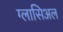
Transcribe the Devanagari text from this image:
ग्लासिअल